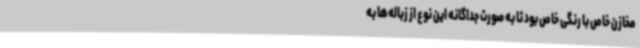
مخازن خاص با رنگی خاص بود تا به صورت جداگانه این نوع از زباله‌ها به